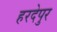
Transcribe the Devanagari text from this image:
हरदेपुर